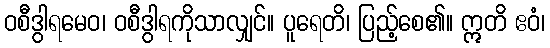
ဝစီဒွါရမေဝ၊ ဝစီဒွါရကိုသာလျှင်။ ပူရေတိ၊ ပြည့်စေ၏။ ဣတိ ဧဝံ၊